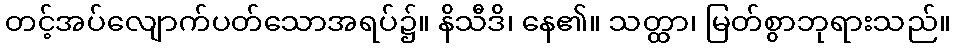
တင့်အပ်လျောက်ပတ်သောအရပ်၌။ နိသီဒိ၊ နေ၏။ သတ္ထာ၊ မြတ်စွာဘုရားသည်။